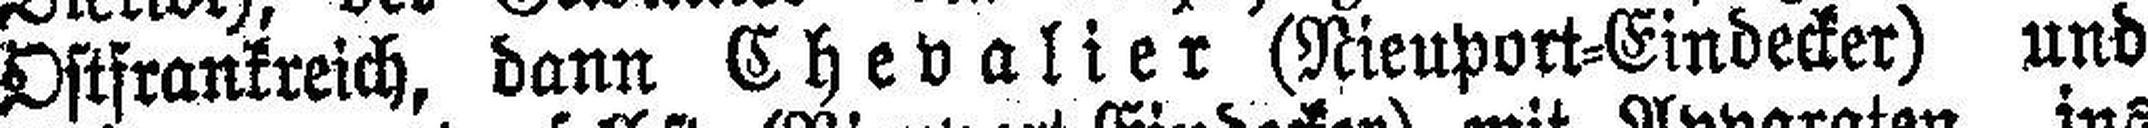
Ostfrankreich, dann Chevalier (Nieuport=Eindecker) und